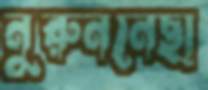
নুরুননেছা